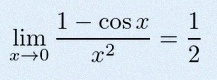
\lim_{x\to0}\frac{1-\cos x}{x^2}=\frac12